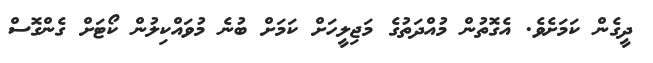
ދީގެން ކަމަށެވެ. އެގޮތުން މުއްދަތުގެ މަޖިލީހަށް ކަމަށް ބުނެ މުވައްކިލުން ކޯޓަށް ގެންގޮސް